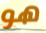
هو